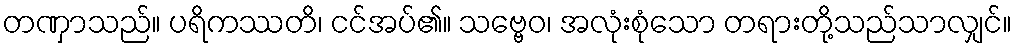
တဏှာသည်။ ပရိကဿတိ၊ ငင်အပ်၏။ သဗ္ဗေဝ၊ အလုံးစုံသော တရားတို့သည်သာလျှင်။